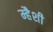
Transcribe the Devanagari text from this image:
म्हैशी